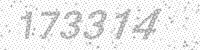
Solution: 173314